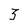
Character: 3